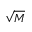
\sqrt { M }